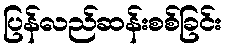
ပြန်လည်ဆန်းစစ်ခြင်း